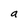
Character: a